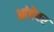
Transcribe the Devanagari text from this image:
आंचेवर